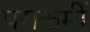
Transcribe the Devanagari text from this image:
पराकर्मी